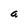
Character: a